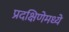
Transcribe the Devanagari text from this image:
प्रदक्षिणेमध्ये